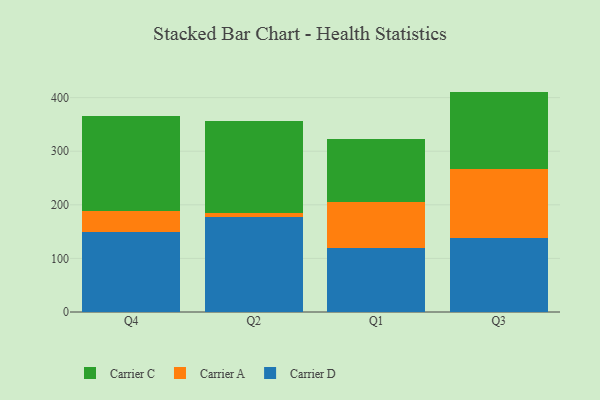
{"axis": {"x": "Quarter", "y": "Bounce Rate (%)"}, "legend": ["Carrier A", "Carrier C", "Carrier D"], "data": [{"x": "Q4", "y": 149.1, "type": "Carrier D"}, {"x": "Q4", "y": 39.1, "type": "Carrier A"}, {"x": "Q4", "y": 178.1, "type": "Carrier C"}, {"x": "Q2", "y": 177.9, "type": "Carrier D"}, {"x": "Q2", "y": 6.0, "type": "Carrier A"}, {"x": "Q2", "y": 172.3, "type": "Carrier C"}, {"x": "Q1", "y": 119.6, "type": "Carrier D"}, {"x": "Q1", "y": 86.0, "type": "Carrier A"}, {"x": "Q1", "y": 117.7, "type": "Carrier C"}, {"x": "Q3", "y": 137.8, "type": "Carrier D"}, {"x": "Q3", "y": 129.6, "type": "Carrier A"}, {"x": "Q3", "y": 143.8, "type": "Carrier C"}]}